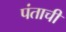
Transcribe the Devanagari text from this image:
पंताची